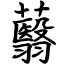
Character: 蘙